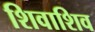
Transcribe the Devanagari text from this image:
शिवाशिव